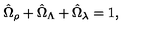
\hat { \Omega } _ { \rho } + \hat { \Omega } _ { \Lambda } + \hat { \Omega } _ { \lambda } = 1 ,